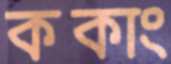
ককাং